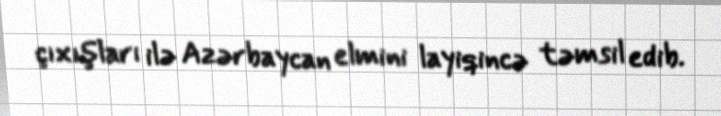
çıxışları ilə Azərbaycan elmini layiqincə təmsil edib.